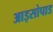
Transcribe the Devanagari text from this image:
आइसोपाड